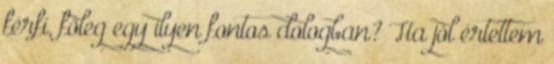
férfi, főleg egy ilyen fontos dologban? Ha jól értettem